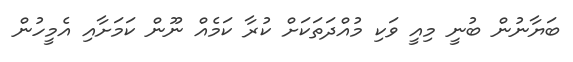
ބަޔާނުން ބުނީ މިއީ ވަކި މުއްދަތަކަށް ކުރާ ކަމެއް ނޫން ކަމަށާއި އެމީހުން